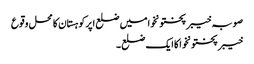
صوبہ خیبر پختونخوا میں ضلع اپرکوہستان کا محل وقوع
خیبر پختونخوا کا ایک ضلع۔